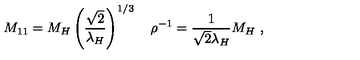
M _ { 1 1 } = M _ { H } \left( { \frac { \sqrt { 2 } } { \lambda _ { H } } } \right) ^ { 1 / 3 } \quad \rho ^ { - 1 } = { \frac { 1 } { \sqrt { 2 } \lambda _ { H } } } M _ { H } \ ,